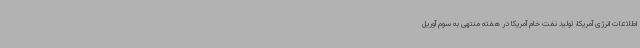
اطلاعات انرژی آمریکا، تولید نفت خام آمریکا در هفته منتهی به سوم آوریل